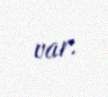
var.